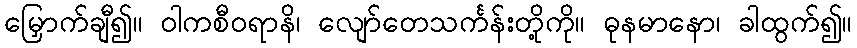
မြှောက်ချီ၍။ ဝါကစီဝရာနိ၊ လျော်တေသင်္ကန်းတို့ကို။ ဓုနမာနော၊ ခါထွက်၍။